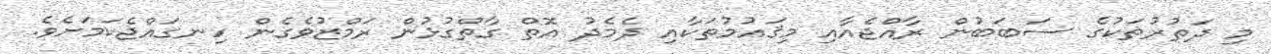
މި ދަތުރުތަކުގެ ސަބަބުން ރާއްޖެއާއި މިޤައުމުތަކާއި ދެމެދު އޮތް ގާތްގުޅުން ރަމްޒުވެގެން ހިނގައްޖެކަމަށެވެ.